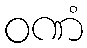
ဝဏံ